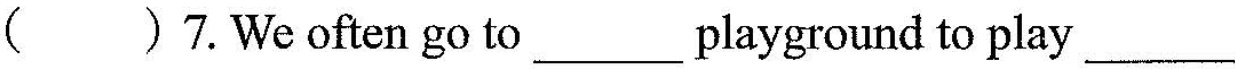
()7.We often go to___playground to play___